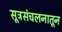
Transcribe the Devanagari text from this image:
सूत्रसंचलनातून